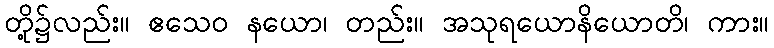
တို့၌လည်း။ ဧသေဝ နယော၊ တည်း။ အသုရယောနိယောတိ၊ ကား။